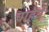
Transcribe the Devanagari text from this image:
चाहेये